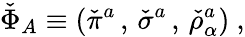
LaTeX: \check{\Phi}_{A}\equiv\left(\check{\pi}^{a}\, ,\, \check{\sigma}^{a}\, ,\, \check{\rho}_{\alpha}^{a}\right)\ ,